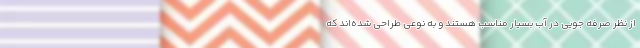
از نظر صرفه جویی در آب بسیار مناسب هستند و به نوعی طراحی شده‌اند که